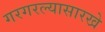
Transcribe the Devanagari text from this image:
गरगरल्यासारखे